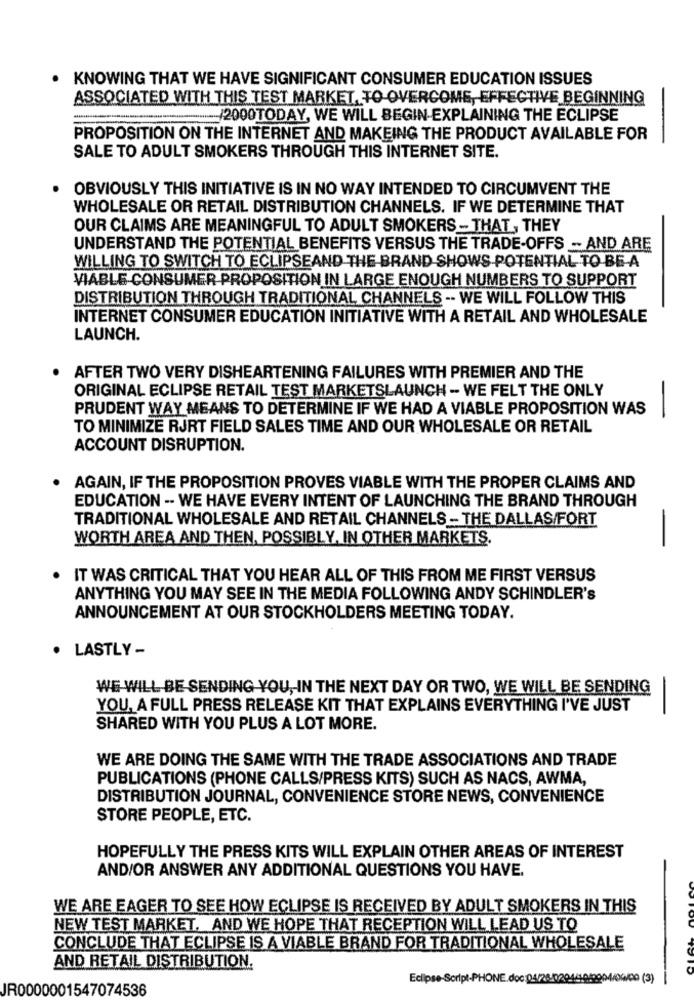
KNOWING THAT WE HAVE SIGNIFICANT CONSUMER EDUCATION ISSUES
ASSOCIATED WITH THIS TEST MARKET, TO OVERCOME, EFFECTIVE BEGINNING
------- /2000TODAY, WE WILL BEGIN-EXPLAINING THE ECLIPSE
PROPOSITION ON THE INTERNET AND MAKEING THE PRODUCT AVAILABLE FOR
SALE TO ADULT SMOKERS THROUGH THIS INTERNET SITE.
OBVIOUSLY THIS INITIATIVE IS IN NO WAY INTENDED TO CIRCUMVENT THE
WHOLESALE OR RETAIL DISTRIBUTION CHANNELS. IF WE DETERMINE THAT
OUR CLAIMS ARE MEANINGFUL TO ADULT SMOKERS - THAT , THEY
UNDERSTAND THE POTENTIAL BENEFITS VERSUS THE TRADE-OFFS -- AND ARE
WILLING TO SWITCH TO ECLIPSEAND THE BRAND SHOWS POTENTIAL TO BE-A
VIABLE CONSUMER PROPOSITION IN LARGE ENOUGH NUMBERS TO SUPPORT
DISTRIBUTION THROUGH TRADITIONAL CHANNELS -- WE WILL FOLLOW THIS
INTERNET CONSUMER EDUCATION INITIATIVE WITH A RETAIL AND WHOLESALE
LAUNCH.
AFTER TWO VERY DISHEARTENING FAILURES WITH PREMIER AND THE
ORIGINAL ECLIPSE RETAIL TEST MARKETSLAUNCH - WE FELT THE ONLY
PRUDENT WAY MEANS TO DETERMINE IF WE HAD A VIABLE PROPOSITION WAS
TO MINIMIZE RJRT FIELD SALES TIME AND OUR WHOLESALE OR RETAIL
ACCOUNT DISRUPTION.
AGAIN, IF THE PROPOSITION PROVES VIABLE WITH THE PROPER CLAIMS AND
EDUCATION -- WE HAVE EVERY INTENT OF LAUNCHING THE BRAND THROUGH
TRADITIONAL WHOLESALE AND RETAIL CHANNELS - THE DALLAS/FORT
WORTH AREA AND THEN, POSSIBLY, IN OTHER MARKETS.
IT WAS CRITICAL THAT YOU HEAR ALL OF THIS FROM ME FIRST VERSUS
ANYTHING YOU MAY SEE IN THE MEDIA FOLLOWING ANDY SCHINDLER'S
ANNOUNCEMENT AT OUR STOCKHOLDERS MEETING TODAY.
. LASTLY -
WE WILL BE SENDING YOU, IN THE NEXT DAY OR TWO, WE WILL BE SENDING
YOU, A FULL PRESS RELEASE KIT THAT EXPLAINS EVERYTHING I'VE JUST
-
SHARED WITH YOU PLUS A LOT MORE.
WE ARE DOING THE SAME WITH THE TRADE ASSOCIATIONS AND TRADE
PUBLICATIONS (PHONE CALLS/PRESS KITS) SUCH AS NACS, AWMA,
DISTRIBUTION JOURNAL, CONVENIENCE STORE NEWS, CONVENIENCE
STORE PEOPLE, ETC.
HOPEFULLY THE PRESS KITS WILL EXPLAIN OTHER AREAS OF INTEREST
AND/OR ANSWER ANY ADDITIONAL QUESTIONS YOU HAVE.
WE ARE EAGER TO SEE HOW ECLIPSE IS RECEIVED BY ADULT SMOKERS IN THIS
NEW TEST MARKET, AND WE HOPE THAT RECEPTION WILL LEAD US TO
CONCLUDE THAT ECLIPSE IS A VIABLE BRAND FOR TRADITIONAL WHOLESALE
AND RETAIL DISTRIBUTION.
Eclipse-Script-PHONE.doc: 04/28/0204/10/2004/06/00 (3)
JR0000001547074536